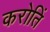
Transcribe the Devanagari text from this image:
करोतिं